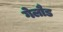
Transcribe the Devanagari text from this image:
गेलौड